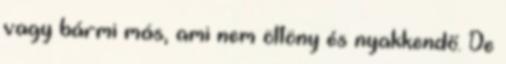
vagy bármi más, ami nem öltöny és nyakkendő. De